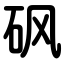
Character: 砜